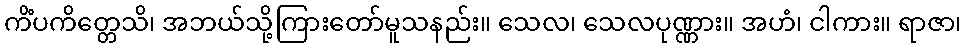
ကိံပကိတ္တေသိ၊ အဘယ်သို့ကြားတော်မူသနည်း။ သေလ၊ သေလပုဏ္ဏား။ အဟံ၊ ငါကား။ ရာဇာ၊